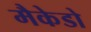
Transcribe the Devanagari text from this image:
मैकेडो